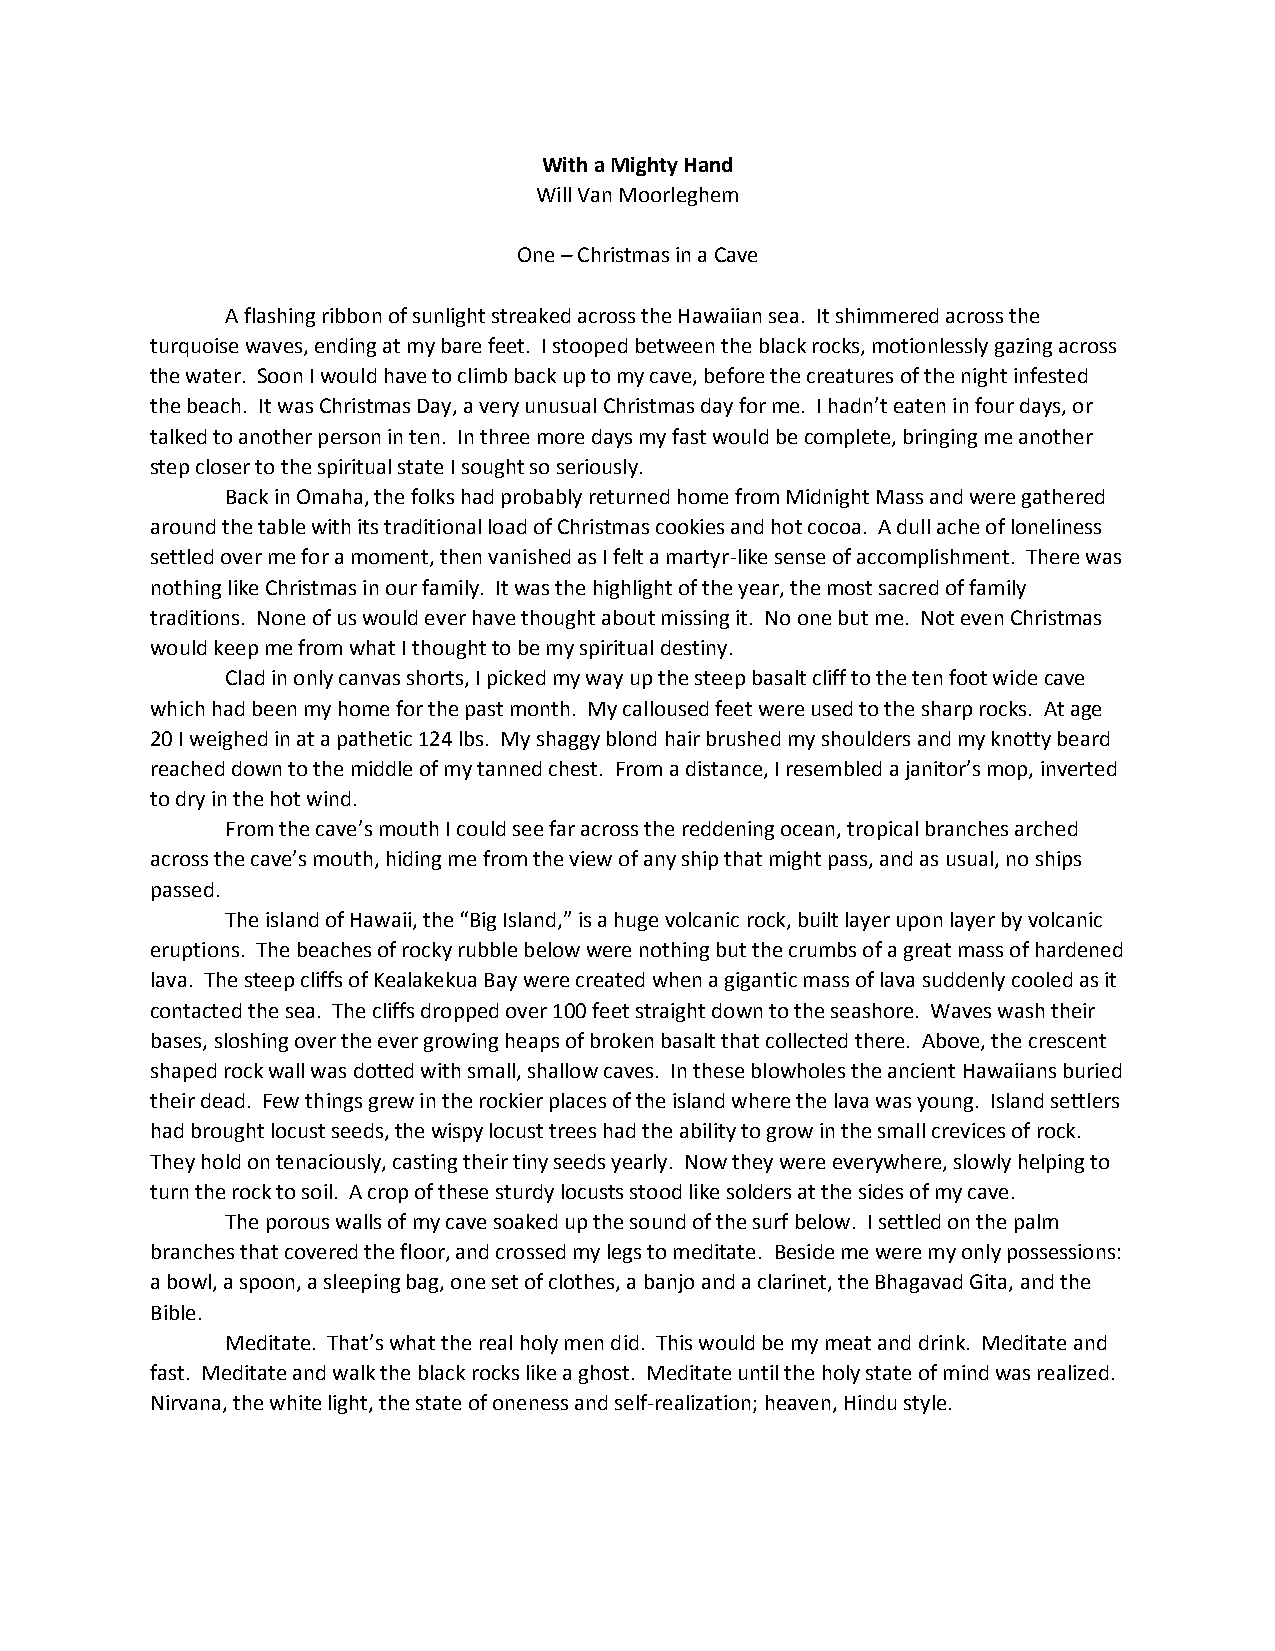
With a Mighty Hand
 Will Van Moorleghem
 One – Christmas in a Cave
 A flashing ribbon of sunlight streaked across the Hawaiian sea. It shimmered across the
 turquoise waves, ending at my bare feet. I stooped between the black rocks, motionlessly gazing across
 the water. Soon I would have to climb back up to my cave, before the creatures of the night infested
 the beach. It was Christmas Day, a very unusual Christmas day for me. I hadn’t eaten in four days, or
 talked to another person in ten. In three more days my fast would be complete, bringing me another
 step closer to the spiritual state I sought so seriously.
 Back in Omaha, the folks had probably returned home from Midnight Mass and were gathered
 around the table with its traditional load of Christmas cookies and hot cocoa. A dull ache of loneliness
 settled over me for a moment, then vanished as I felt a martyr-like sense of accomplishment. There was
 nothing like Christmas in our family. It was the highlight of the year, the most sacred of family
 traditions. None of us would ever have thought about missing it. No one but me. Not even Christmas
 would keep me from what I thought to be my spiritual destiny.
 Clad in only canvas shorts, I picked my way up the steep basalt cliff to the ten foot wide cave
 which had been my home for the past month. My calloused feet were used to the sharp rocks. At age
 20 I weighed in at a pathetic 124 lbs. My shaggy blond hair brushed my shoulders and my knotty beard
 reached down to the middle of my tanned chest. From a distance, I resembled a janitor’s mop, inverted
 to dry in the hot wind.
 From the cave’s mouth I could see far across the reddening ocean, tropical branches arched
 across the cave’s mouth, hiding me from the view of any ship that might pass, and as usual, no ships
 passed.
 The island of Hawaii, the “Big Island,” is a huge volcanic rock, built layer upon layer by volcanic
 eruptions. The beaches of rocky rubble below were nothing but the crumbs of a great mass of hardened
 lava. The steep cliffs of Kealakekua Bay were created when a gigantic mass of lava suddenly cooled as it
 contacted the sea. The cliffs dropped over 100 feet straight down to the seashore. Waves wash their
 bases, sloshing over the ever growing heaps of broken basalt that collected there. Above, the crescent
 shaped rock wall was dotted with small, shallow caves. In these blowholes the ancient Hawaiians buried
 their dead. Few things grew in the rockier places of the island where the lava was young. Island settlers
 had brought locust seeds, the wispy locust trees had the ability to grow in the small crevices of rock.
 They hold on tenaciously, casting their tiny seeds yearly. Now they were everywhere, slowly helping to
 turn the rock to soil. A crop of these sturdy locusts stood like solders at the sides of my cave.
 The porous walls of my cave soaked up the sound of the surf below. I settled on the palm
 branches that covered the floor, and crossed my legs to meditate. Beside me were my only possessions:
 a bowl, a spoon, a sleeping bag, one set of clothes, a banjo and a clarinet, the Bhagavad Gita, and the
 Bible.
 Meditate. That’s what the real holy men did. This would be my meat and drink. Meditate and
 fast. Meditate and walk the black rocks like a ghost. Meditate until the holy state of mind was realized.
 Nirvana, the white light, the state of oneness and self-realization; heaven, Hindu style.